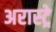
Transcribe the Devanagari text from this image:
अरास्ट्रे